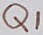
Text: Q1